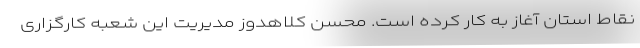
نقاط استان آغاز به کار کرده است. محسن کلاهدوز مدیریت این شعبه کارگزاری